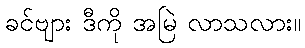
ခင်ဗျား ဒီကို အမြဲ လာသလား။